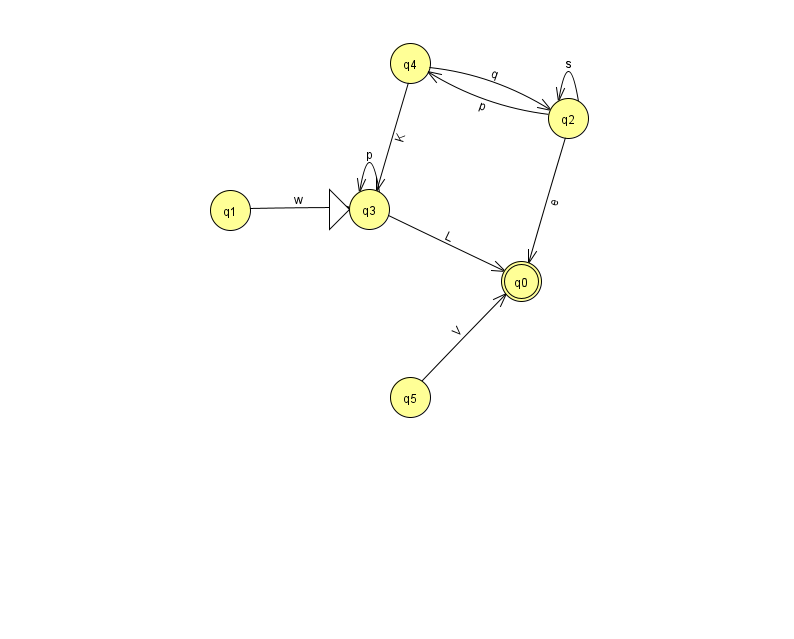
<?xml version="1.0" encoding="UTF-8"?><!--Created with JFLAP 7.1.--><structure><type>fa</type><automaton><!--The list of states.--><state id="0" name="q0"><x>521.0</x><y>268.0</y><final/></state><state id="1" name="q1"><x>230.0</x><y>197.0</y></state><state id="2" name="q2"><x>568.0</x><y>105.0</y></state><state id="3" name="q3"><x>369.0</x><y>196.0</y><initial/></state><state id="4" name="q4"><x>410.0</x><y>50.0</y></state><state id="5" name="q5"><x>410.0</x><y>384.0</y></state><!--The list of transitions.--><transition><from>3</from><to>3</to><read>p</read></transition><transition><from>1</from><to>3</to><read>w</read></transition><transition><from>2</from><to>2</to><read>s</read></transition><transition><from>4</from><to>3</to><read>K</read></transition><transition><from>5</from><to>0</to><read>V</read></transition><transition><from>4</from><to>2</to><read>q</read></transition><transition><from>2</from><to>0</to><read>e</read></transition><transition><from>2</from><to>4</to><read>p</read></transition><transition><from>3</from><to>0</to><read>L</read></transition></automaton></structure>